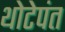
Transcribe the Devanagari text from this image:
थोटेपंत